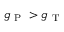
g _ { \mathrm { ~ P ~ } } > g _ { \mathrm { ~ T ~ } }